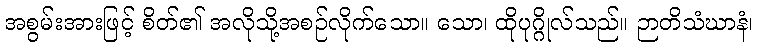
အစွမ်းအားဖြင့် စိတ်၏ အလိုသို့အစဉ်လိုက်သော။ သော၊ ထိုပုဂ္ဂိုလ်သည်။ ဉာတိသံဃာနံ၊